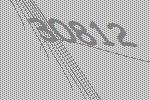
30812